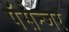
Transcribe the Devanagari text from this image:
पॅसेन्जर